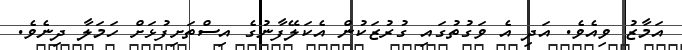
އަމާޒު ވިއެވެ. އަދި އެ ވަގުތުގައި ގުރުޒަކުން އެކަލޭފާނުގެ އިސްތަށިފުޅަށް ހަމަލާ ދިނެވެ.